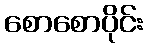
စောစောပိုင်း